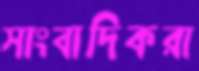
সাংবাদিকরা